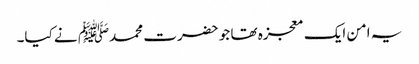
یہ امن ایک معجزہ تھا جو حضرت محمدﷺ نے کیا۔